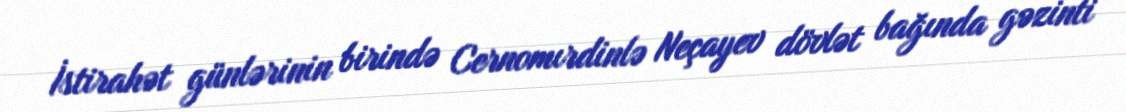
İstirahət günlərinin birində Cernomırdinlə Neçayev dövlət bağında gəzinti